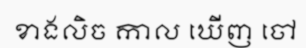
ខាងលិច កាល ឃើញ ចៅ